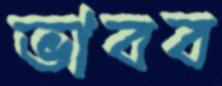
ভাবব